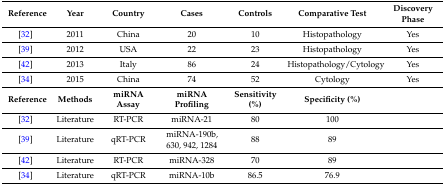
<table><thead><tr><td><b>Reference</b></td><td><b>Year</b></td><td><b>Country</b></td><td><b>Cases</b></td><td><b>Controls</b></td><td><b>Comparative Test</b></td><td><b>Discovery Phase</b></td></tr></thead><tbody><tr><td>[32]</td><td>2011</td><td>China</td><td>20</td><td>10</td><td>Histopathology</td><td>Yes</td></tr><tr><td>[39]</td><td>2012</td><td>USA</td><td>22</td><td>23</td><td>Histopathology</td><td>Yes</td></tr><tr><td>[42]</td><td>2013</td><td>Italy</td><td>86</td><td>24</td><td>Histopathology/Cytology</td><td>Yes</td></tr><tr><td>[34]</td><td>2015</td><td>China</td><td>74</td><td>52</td><td>Cytology</td><td>Yes</td></tr><tr><td><b>Reference</b></td><td><b>Methods</b></td><td><b>miRNA Assay</b></td><td><b>miRNA Profiling</b></td><td><b>Sensitivity (%)</b></td><td><b>Specificity (%)</b></td><td></td></tr><tr><td>[32]</td><td>Literature</td><td>RT-PCR</td><td>miRNA-21</td><td>80</td><td>100</td><td></td></tr><tr><td>[39]</td><td>Literature</td><td>qRT-PCR</td><td>miRNA-190b, 630, 942, 1284</td><td>88</td><td>89</td><td></td></tr><tr><td>[42]</td><td>Literature</td><td>RT-PCR</td><td>miRNA-328</td><td>70</td><td>89</td><td></td></tr><tr><td>[34]</td><td>Literature</td><td>qRT-PCR</td><td>miRNA-10b</td><td>86.5</td><td>76.9</td><td></td></tr></tbody></table>